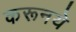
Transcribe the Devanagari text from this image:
करूनये